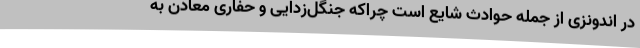
در اندونزی از جمله حوادث شایع است چراکه جنگل‌زدایی و حفاری معادن به